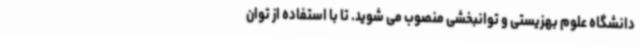
دانشگاه علوم بهزیستی و توانبخشی منصوب می شوید. تا با استفاده از توان